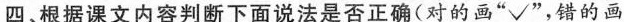
四、根据课文内容判断下面说法是否正确(对的画”√”，错的画